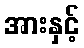
အားနှင့်